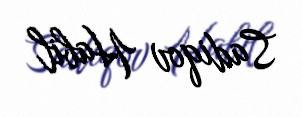
Sadiqov Habil